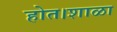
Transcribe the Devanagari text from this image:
होत।शाळा